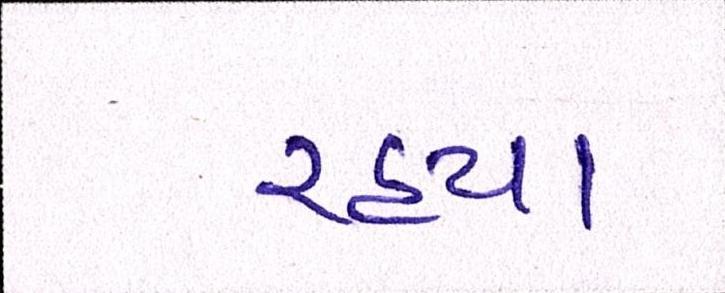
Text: રહ્યા